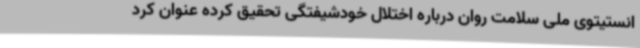
انستیتوی ملی سلامت روان درباره اختلال خودشیفتگی تحقیق کرده عنوان کرد